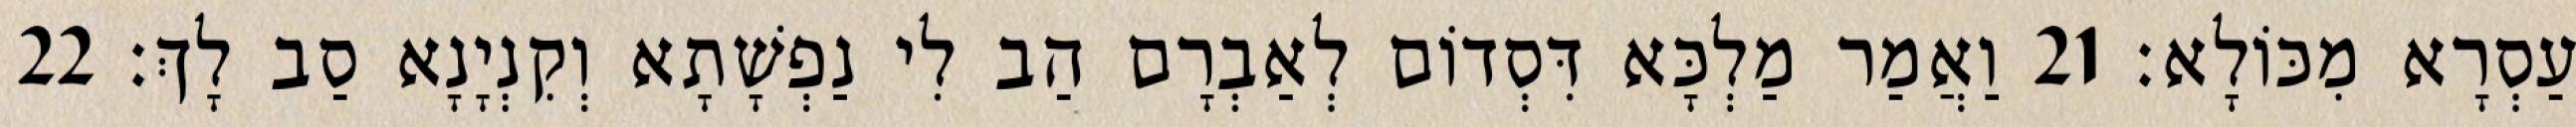
עַסְרָא מִכּוֹלָא׃ 21 וַאֲמַר מַלְכָּא דִּסְדוֹם לְאַבְרָם הַב לִי נַפְשָׁתָא וְקִנְיָנָא סַב לָךְ׃ 22